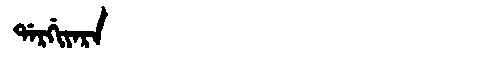
Manchu: ᡩᠠᡵᡤᡳᠶᠠᡵᠠ
Romanization: DARGIYARA